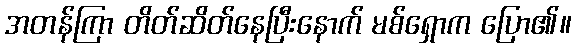
အတန်ကြာ တိတ်ဆိတ်နေပြီးနောက် မစ်ရှောက ပြော၏။